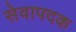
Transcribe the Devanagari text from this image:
सेवापदक